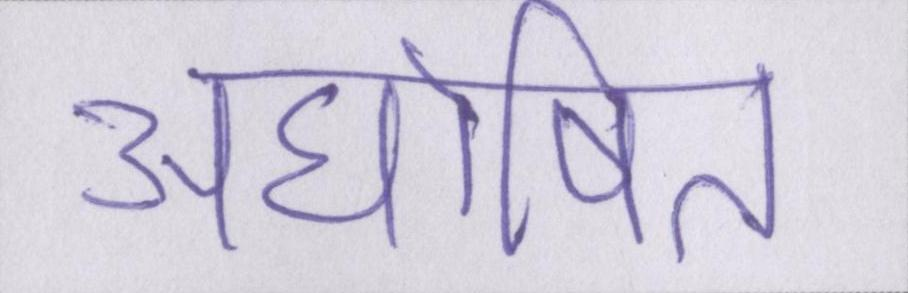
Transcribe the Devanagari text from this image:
अघोषित